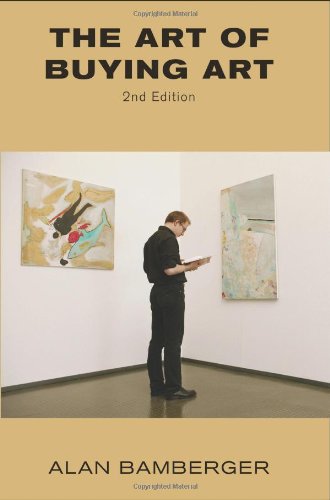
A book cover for The Art of Buying Art; Alan Bamberger; Crafts, Hobbies & Home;